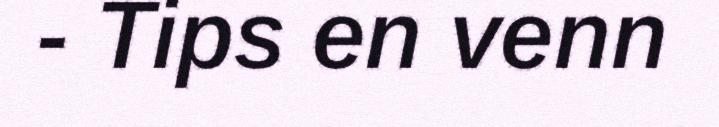
- Tips en venn